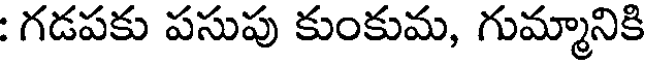
: గడపకు పసుపు కుంకుమ, గుమ్మానికి